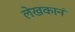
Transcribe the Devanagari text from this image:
लेखकानं